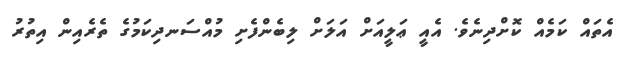
އެތައް ކަމެއް ކޮށްދިނެވެ. އެއީ ޢަލީއަށް އަލަށް ލިބެންފެށި މުއްސަނދިކަމުގެ ތެރެއިން އިތުރު